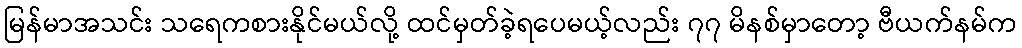
မြန်မာအသင်း သရေကစားနိုင်မယ်လို့ ထင်မှတ်ခဲ့ရပေမယ့်လည်း ၇၇ မိနစ်မှာတော့ ဗီယက်နမ်က